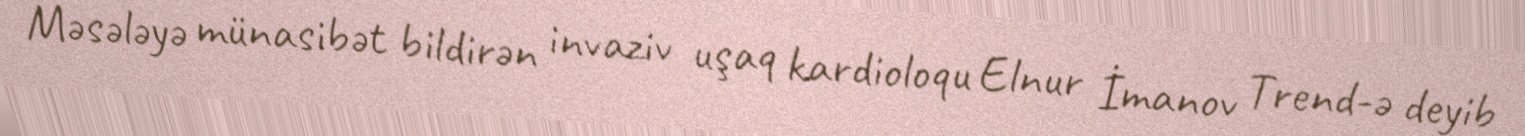
Məsələyə münasibət bildirən invaziv uşaq kardioloqu Elnur İmanov Trend-ə deyib